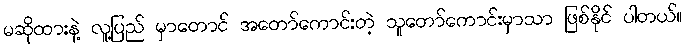
မဆိုထားနဲ့ လူ့ပြည် မှာတောင် အတော်ကောင်းတဲ့ သူတော်ကောင်းမှာသာ ဖြစ်နိုင် ပါတယ်။